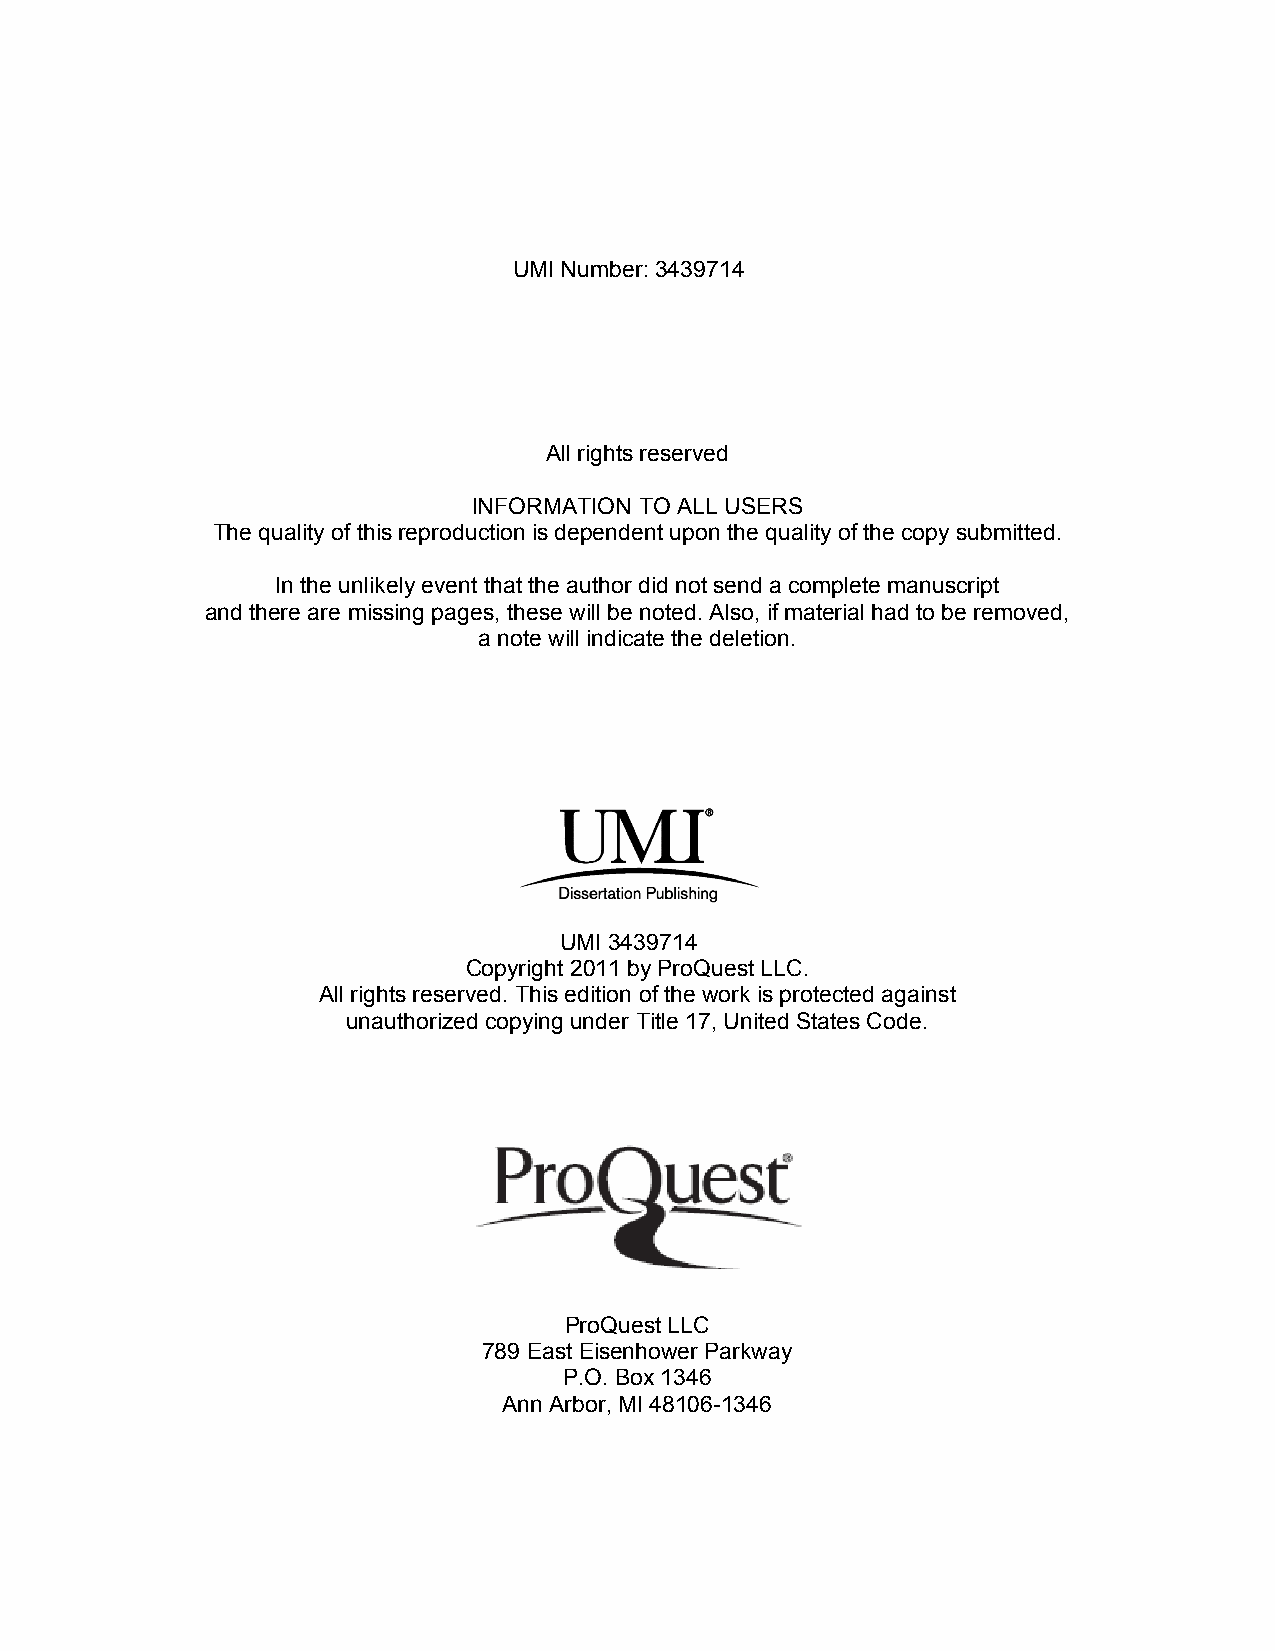
UMI Number: 3439714
 All rights reserved
 INFORMATION TO ALL USERS
 The quality of this reproduction is dependent upon the quality of the copy submitted.
 In the unlikely event that the author did not send a complete manuscript
 and there are missing pages, these will be noted. Also, if material had to be removed,
 a note will indicate the deletion.
 UMI 3439714
 Copyright 2011 by ProQuest LLC.
 All rights reserved. This edition of the work is protected against
 unauthorized copying under Title 17, United States Code.
 ProQuest LLC
 789 East Eisenhower Parkway
 P.O. Box 1346
 Ann Arbor, MI 48106-1346